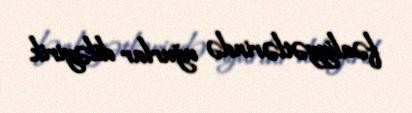
fəaliyyətlərində uğurlar diləyirik.